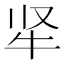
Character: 𬌛